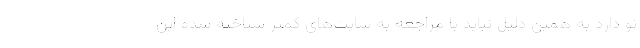
نو دارد به همین دلیل نباید با مراجعه به سایت‌های کمتر شناخته شده این